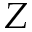
Z